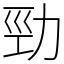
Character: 勁